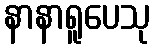
နာနာရူပေသု